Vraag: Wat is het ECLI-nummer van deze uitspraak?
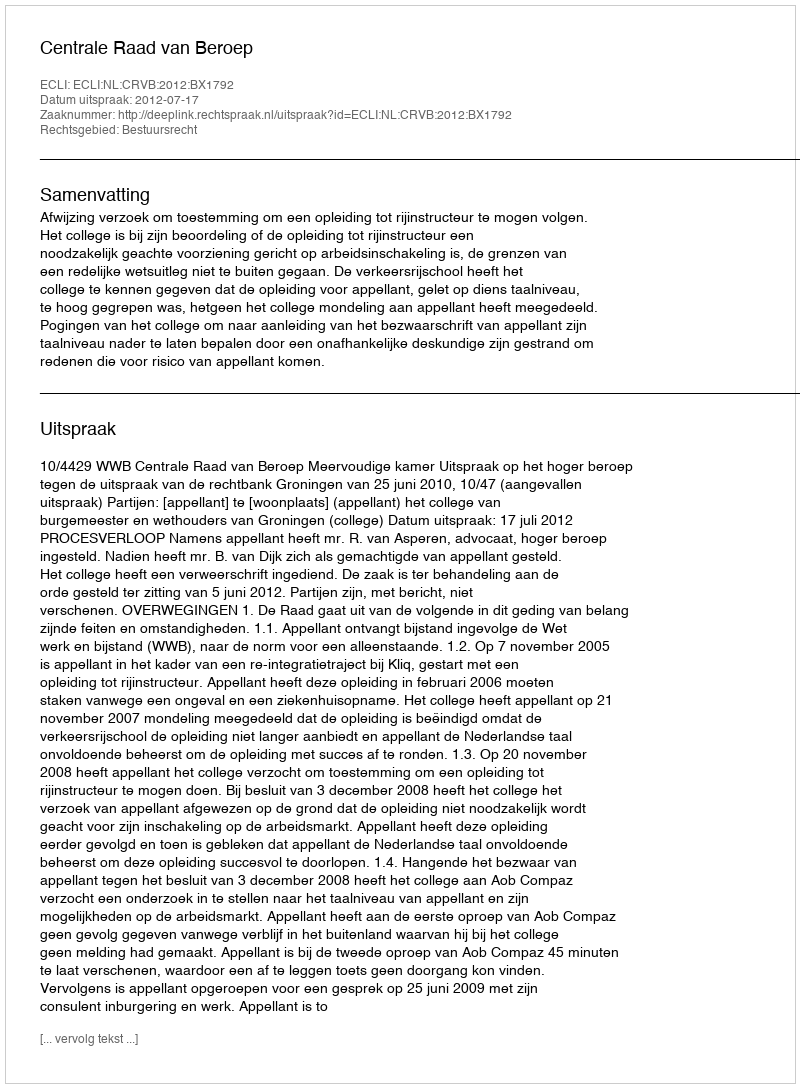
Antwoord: ECLI:NL:CRVB:2012:BX1792